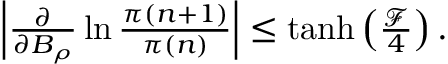
\begin{array} { r } { \left| \frac { \partial } { \partial B _ { \rho } } \ln \frac { \pi ( n + 1 ) } { \pi ( n ) } \right| \le \operatorname { t a n h } \left( \frac { \mathcal F } { 4 } \right) . } \end{array}